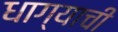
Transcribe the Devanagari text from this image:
धाग्याची